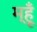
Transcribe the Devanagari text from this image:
म्हूँ